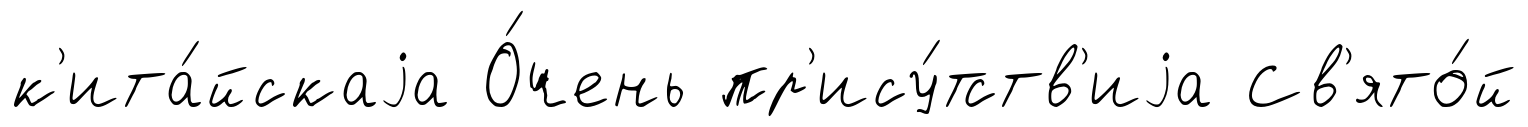
к'ита́йскаjа О́чень пр'ису́тств'иjа Св'ято́й